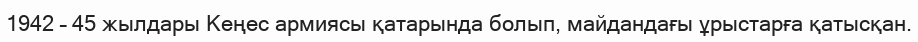
1942 – 45 жылдары Кеңес армиясы қатарында болып, майдандағы ұрыстарға қатысқан.